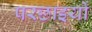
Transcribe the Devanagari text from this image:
परछाइयों